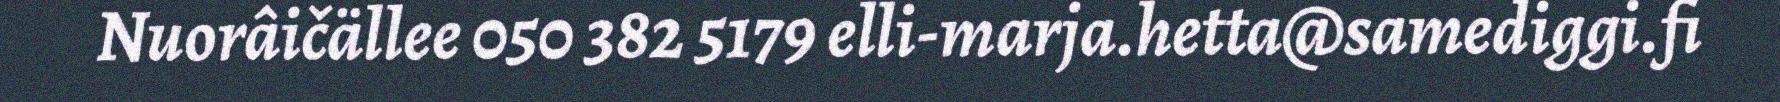
Nuorâičällee 050 382 5179 elli-marja.hetta@samediggi.fi